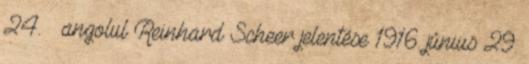
24. – angolul Reinhard Scheer jelentése 1916. június 29.